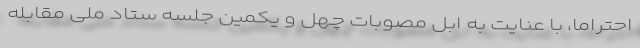
احتراماً، با عنایت به ابل مصوبات چهل و یکمین جلسه ستاد ملی مقابله